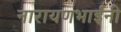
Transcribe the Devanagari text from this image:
नारायणभाईंनी